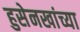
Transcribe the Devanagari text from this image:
हुसेनखांच्या